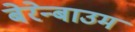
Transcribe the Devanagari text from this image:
बेरेन्बाउम